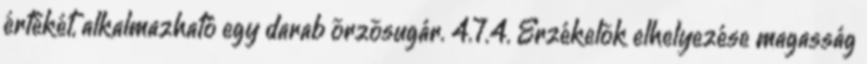
értékét, alkalmazható egy darab õrzõsugár. 4.7.4. Érzékelõk elhelyezése magasság